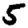
Digit: 5